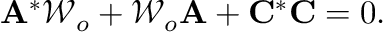
\mathbf { A } ^ { * } \mathcal { W } _ { o } + \mathcal { W } _ { o } \mathbf { A } + \mathbf { C } ^ { * } \mathbf { C } = 0 .